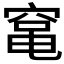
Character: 𮄅